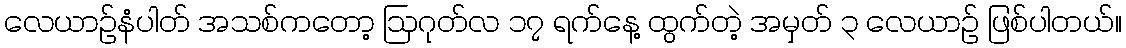
လေယာဉ်နံပါတ် အသစ်ကတော့ ဩဂုတ်လ ၁၇ ရက်နေ့ ထွက်တဲ့ အမှတ် ၃ လေယာဉ် ဖြစ်ပါတယ်။